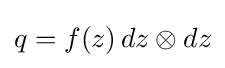
q=f(z)\,dz\otimes dz